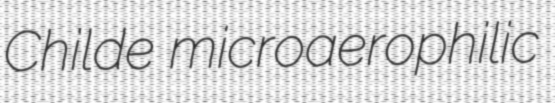
Childe microaerophilic